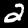
Digit: 2